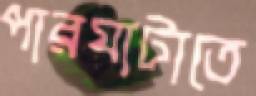
পারঘাটাতে